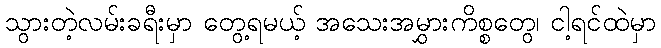
သွားတဲ့လမ်းခရီးမှာ တွေ့ရမယ့် အသေးအမွှားကိစ္စတွေ၊ ငါ့ရင်ထဲမှာ